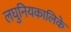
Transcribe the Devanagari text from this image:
लघुनियकालिके